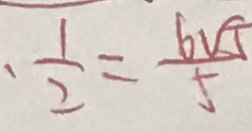
. \frac { 1 } { 2 } = \frac { 6 \sqrt { 5 } } { 5 }